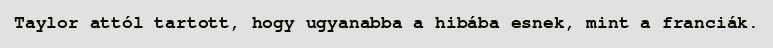
Taylor attól tartott, hogy ugyanabba a hibába esnek, mint a franciák.